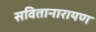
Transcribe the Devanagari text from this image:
सवितानारायण